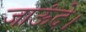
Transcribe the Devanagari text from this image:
जाऊंदे।